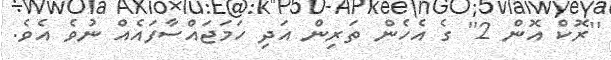
''ރޮކް އޮން 2'' ގެ އެހެން ތަރިން އަދި ހަމަޖައްސާފައެއް ނުވެ އެވެ.